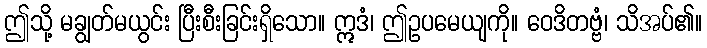
ဤသို့ မချွတ်မယွင်း ပြီးစီးခြင်းရှိသော။ ဣဒံ၊ ဤဥပမေယျကို။ ဝေဒိတဗ္ဗံ၊ သိအပ်၏။